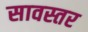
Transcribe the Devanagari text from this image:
सावस्तर